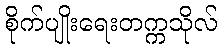
စိုက်ပျိုးရေးတက္ကသိုလ်